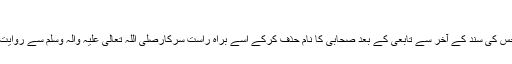
مُرْسَل:
وہ حدیث جس کی سند کے آخر سے تابعی کے بعد صحابی کا نام حذف کرکے اسے براہِ راست سرکارصلی اللہ تعالی علیہ والہ وسلم سے روایت کیا جائے۔